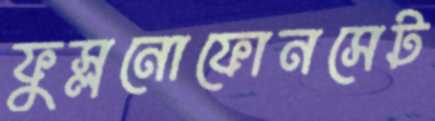
ফুস্‌লনোফোনসেট